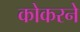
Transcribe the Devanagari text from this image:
कोकरने